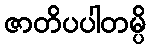
ဇာတိပပါတမ္ပိ